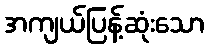
အကျယ်ပြန့်ဆုံးသော